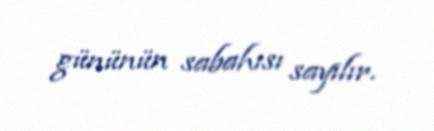
gününün sabahısı sayılır.